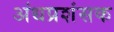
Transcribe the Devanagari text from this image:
अंधप्रशंसक